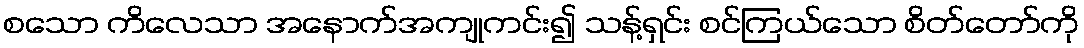
စသော ကိလေသာ အနောက်အကျုကင်း၍ သန့်ရှင်း စင်ကြယ်သော စိတ်တော်ကို